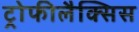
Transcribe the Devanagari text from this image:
ट्रोफीलैक्सिस